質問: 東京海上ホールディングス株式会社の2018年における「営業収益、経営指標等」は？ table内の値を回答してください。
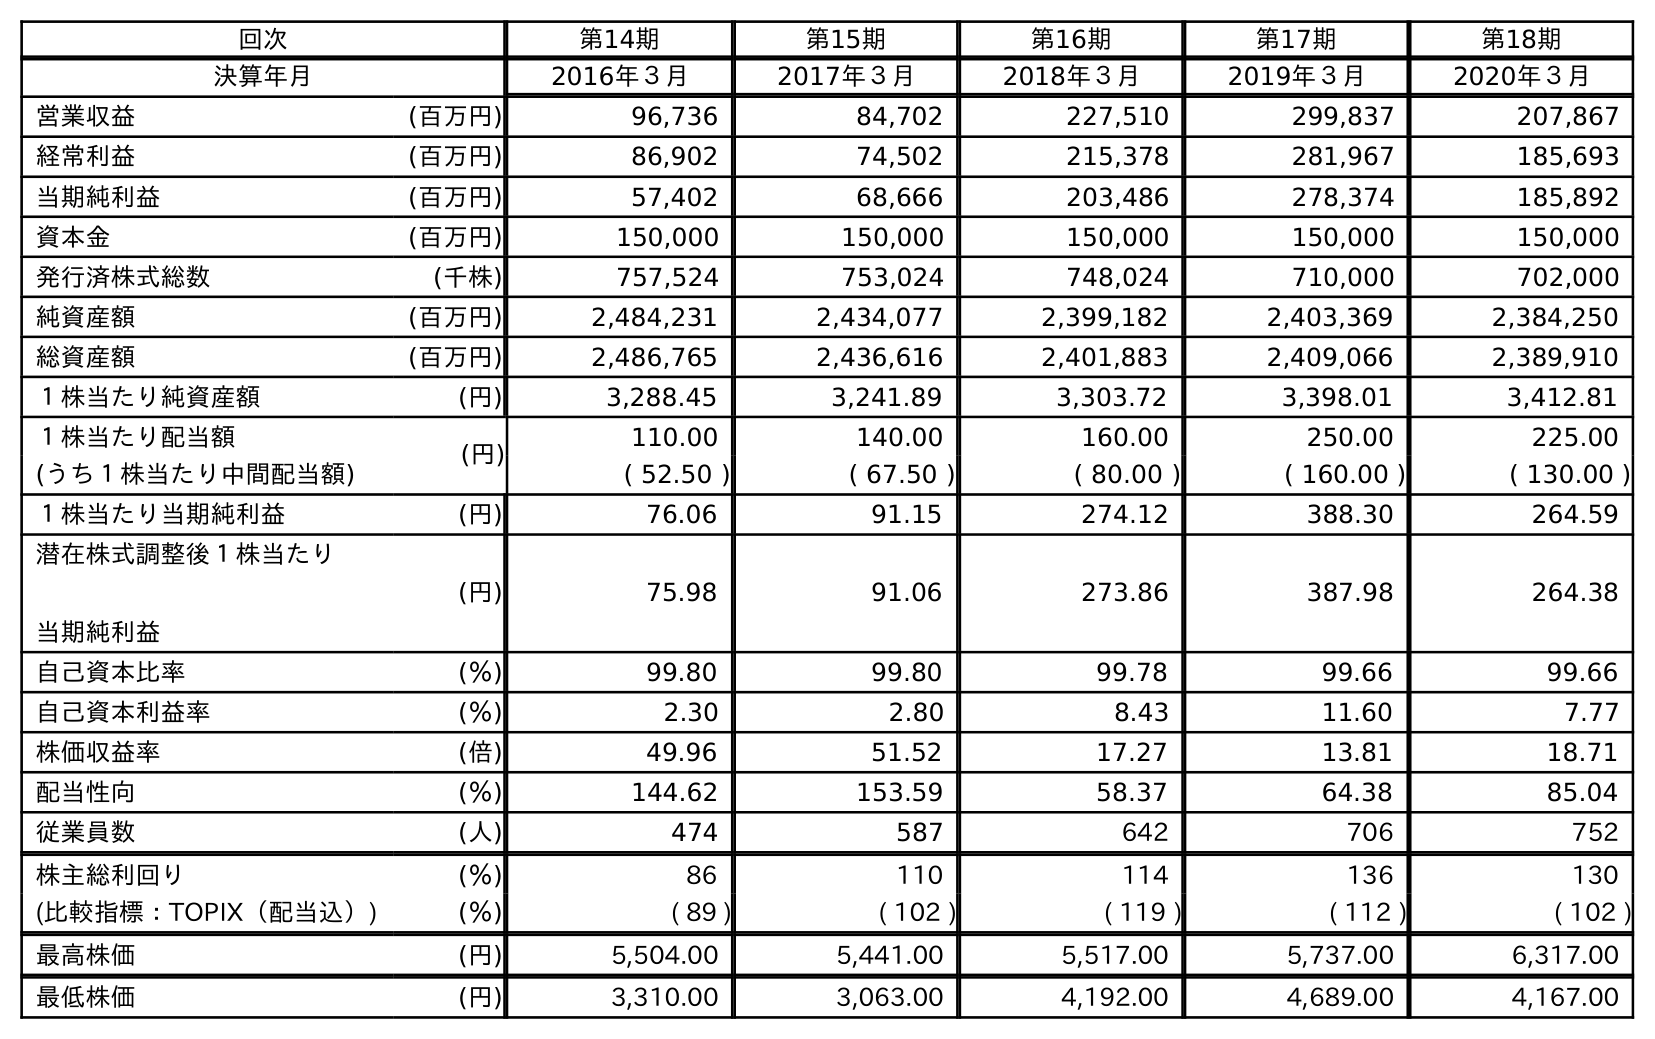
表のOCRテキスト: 回次 第14期 第15期 第16期 第17期 第18期 決算年月 2016年３月 2017年３月 2018年３月 2019年３月 2020年３月 営業収益 (百万円) 96,736 84,702 227,510 299,837 207,867 経常利益 (百万円) 86,902 74,502 215,378 281,967 185,693 当期純利益 (百万円) 57,402 68,666 203,486 278,374 185,892 資本金 (百万円) 150,000 150,000 150,000 150,000 150,000 発行済株式総数 (千株) 757,524 753,024 748,024 710,000 702,000 純資産額 (百万円) 2,484,231 2,434,077 2,399,182 2,403,369 2,384,250 総資産額 (百万円) 2,486,765 2,436,616 2,401,883 2,409,066 2,389,910 １株当たり純資産額 (円) 3,288.45 3,241.89 3,303.72 3,398.01 3,412.81 １株当たり配当額 (円) 110.00 140.00 160.00 250.00 225.00 (うち１株当たり中間配当額) ( 52.50 ) ( 67.50 ) ( 80.00 ) ( 160.00 ) ( 130.00 ) １株当たり当期純利益 (円) 76.06 91.15 274.12 388.30 264.59 潜在株式調整後１株当たり 当期純利益 (円) 75.98 91.06 273.86 387.98 264.38 自己資本比率 (％) 99.80 99.80 99.78 99.66 99.66 自己資本利益率 (％) 2.30 2.80 8.43 11.60 7.77 株価収益率 (倍) 49.96 51.52 17.27 13.81 18.71 配当性向 (％) 144.62 153.59 58.37 64.38 85.04 従業員数 (人) 474 587 642 706 752 株主総利回り (％) 86 110 114 136 130 (比較指標：TOPIX（配当込）) (％) ( 89 ) ( 102 ) ( 119 ) ( 112 ) ( 102 ) 最高株価 (円) 5,504.00 5,441.00 5,517.00 5,737.00 6,317.00 最低株価 (円) 3,310.00 3,063.00 4,192.00 4,689.00 4,167.00
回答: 227,510